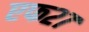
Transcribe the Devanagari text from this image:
एफ२७